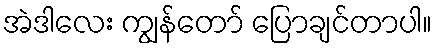
အဲဒါလေး ကျွန်တော် ပြောချင်တာပါ။